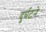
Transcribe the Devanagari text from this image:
दुर्घटने